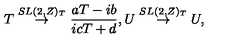
T \stackrel { S L ( 2 , Z ) _ { T } } { \rightarrow } \frac { a T - i b } { i c T + d } , U \stackrel { S L ( 2 , Z ) _ { T } } { \rightarrow } U ,